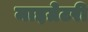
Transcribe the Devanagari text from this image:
माइग्रेटरी